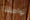
تواصلنا